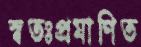
স্বতঃপ্রমাণিত